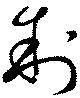
制